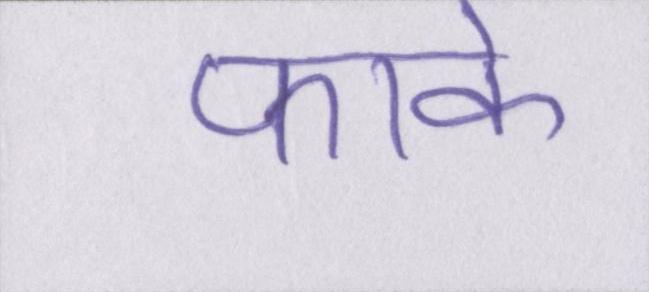
फाके